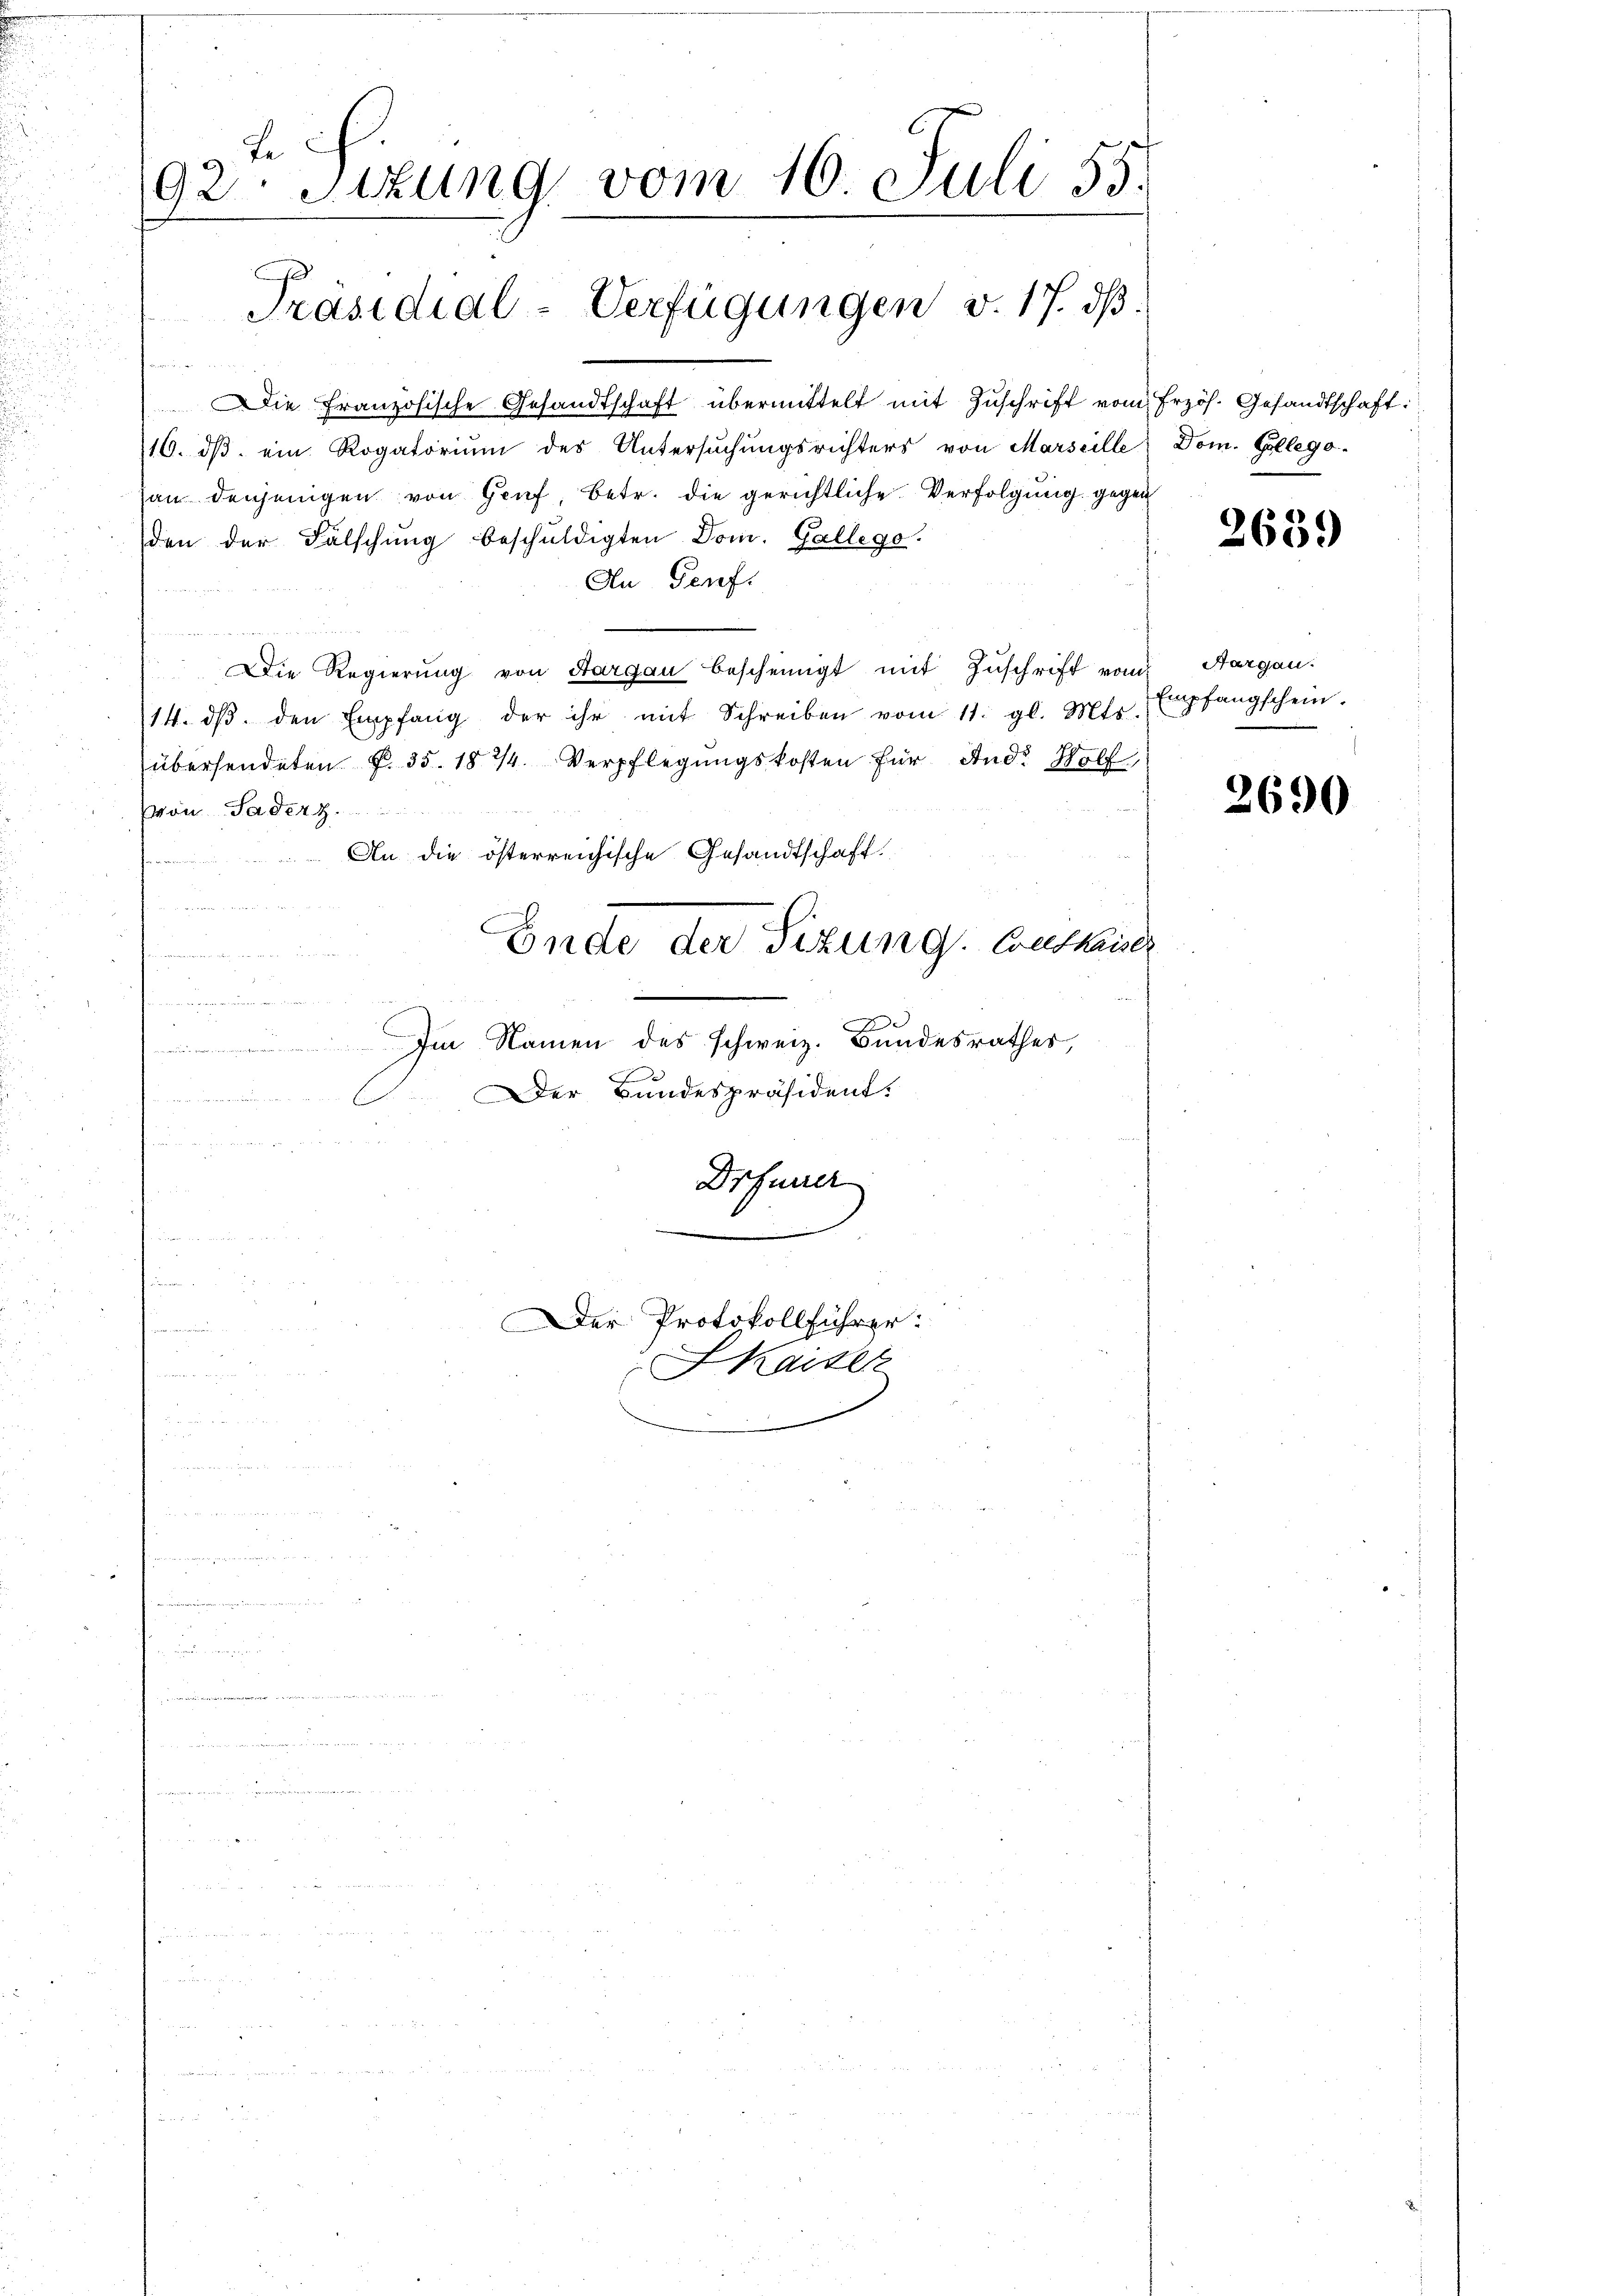
Le
92 Sizung vom 16. Juli 55.

Präsidial-Verfügungen v. 17. ds.

u
Die Französische Gesandtschaft übermittelt mit Zuschrift vom
116. dβ ein Rogatorium des Untersuchungsrichters von Marseille
(an denjenigen von Genf, Betr. die gerichtliche Verfolgung gegen
den der Fälschung beschŭldigten Dom. Gallego.
An Genf.
Die Regierŭng von Aargau bescheinigt mit Zŭschrift vom Aargau.
14. dβ. den Empfang der ihr mit Schreiben vom 11. gl. Mts.
übersendeten. N. 35. 1814. Verpflegungskosten für And. Wolf,
von Tader z
An die österreichische Gesandtschaft.
u
Ende der Situng: Coutkaiser
n
E
Im Namen des schweiz. Bundesrathes,
Der Bundespräsident.
 den
C

Drfurrer
e

Der Protokollführer:
Kaiser

Erzös. Gesandtschaft:
Dom. College.

2659

Empfangschein.

2690